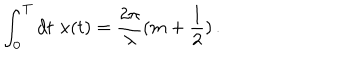
LaTeX: \int _ { 0 } ^ { T } d t \, \, x ( t ) = \frac { 2 \pi } { \lambda } ( m + \frac { 1 } { 2 } ) \, . \nonumber